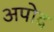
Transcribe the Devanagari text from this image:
अपोद